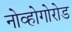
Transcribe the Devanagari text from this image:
नोव्होगोरोड